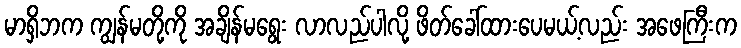
မာရှိဘက ကျွန်မတို့ကို အချိန်မရွေး လာလည်ပါလို့ ဖိတ်ခေါ်ထားပေမယ့်လည်း အဖေကြီးက